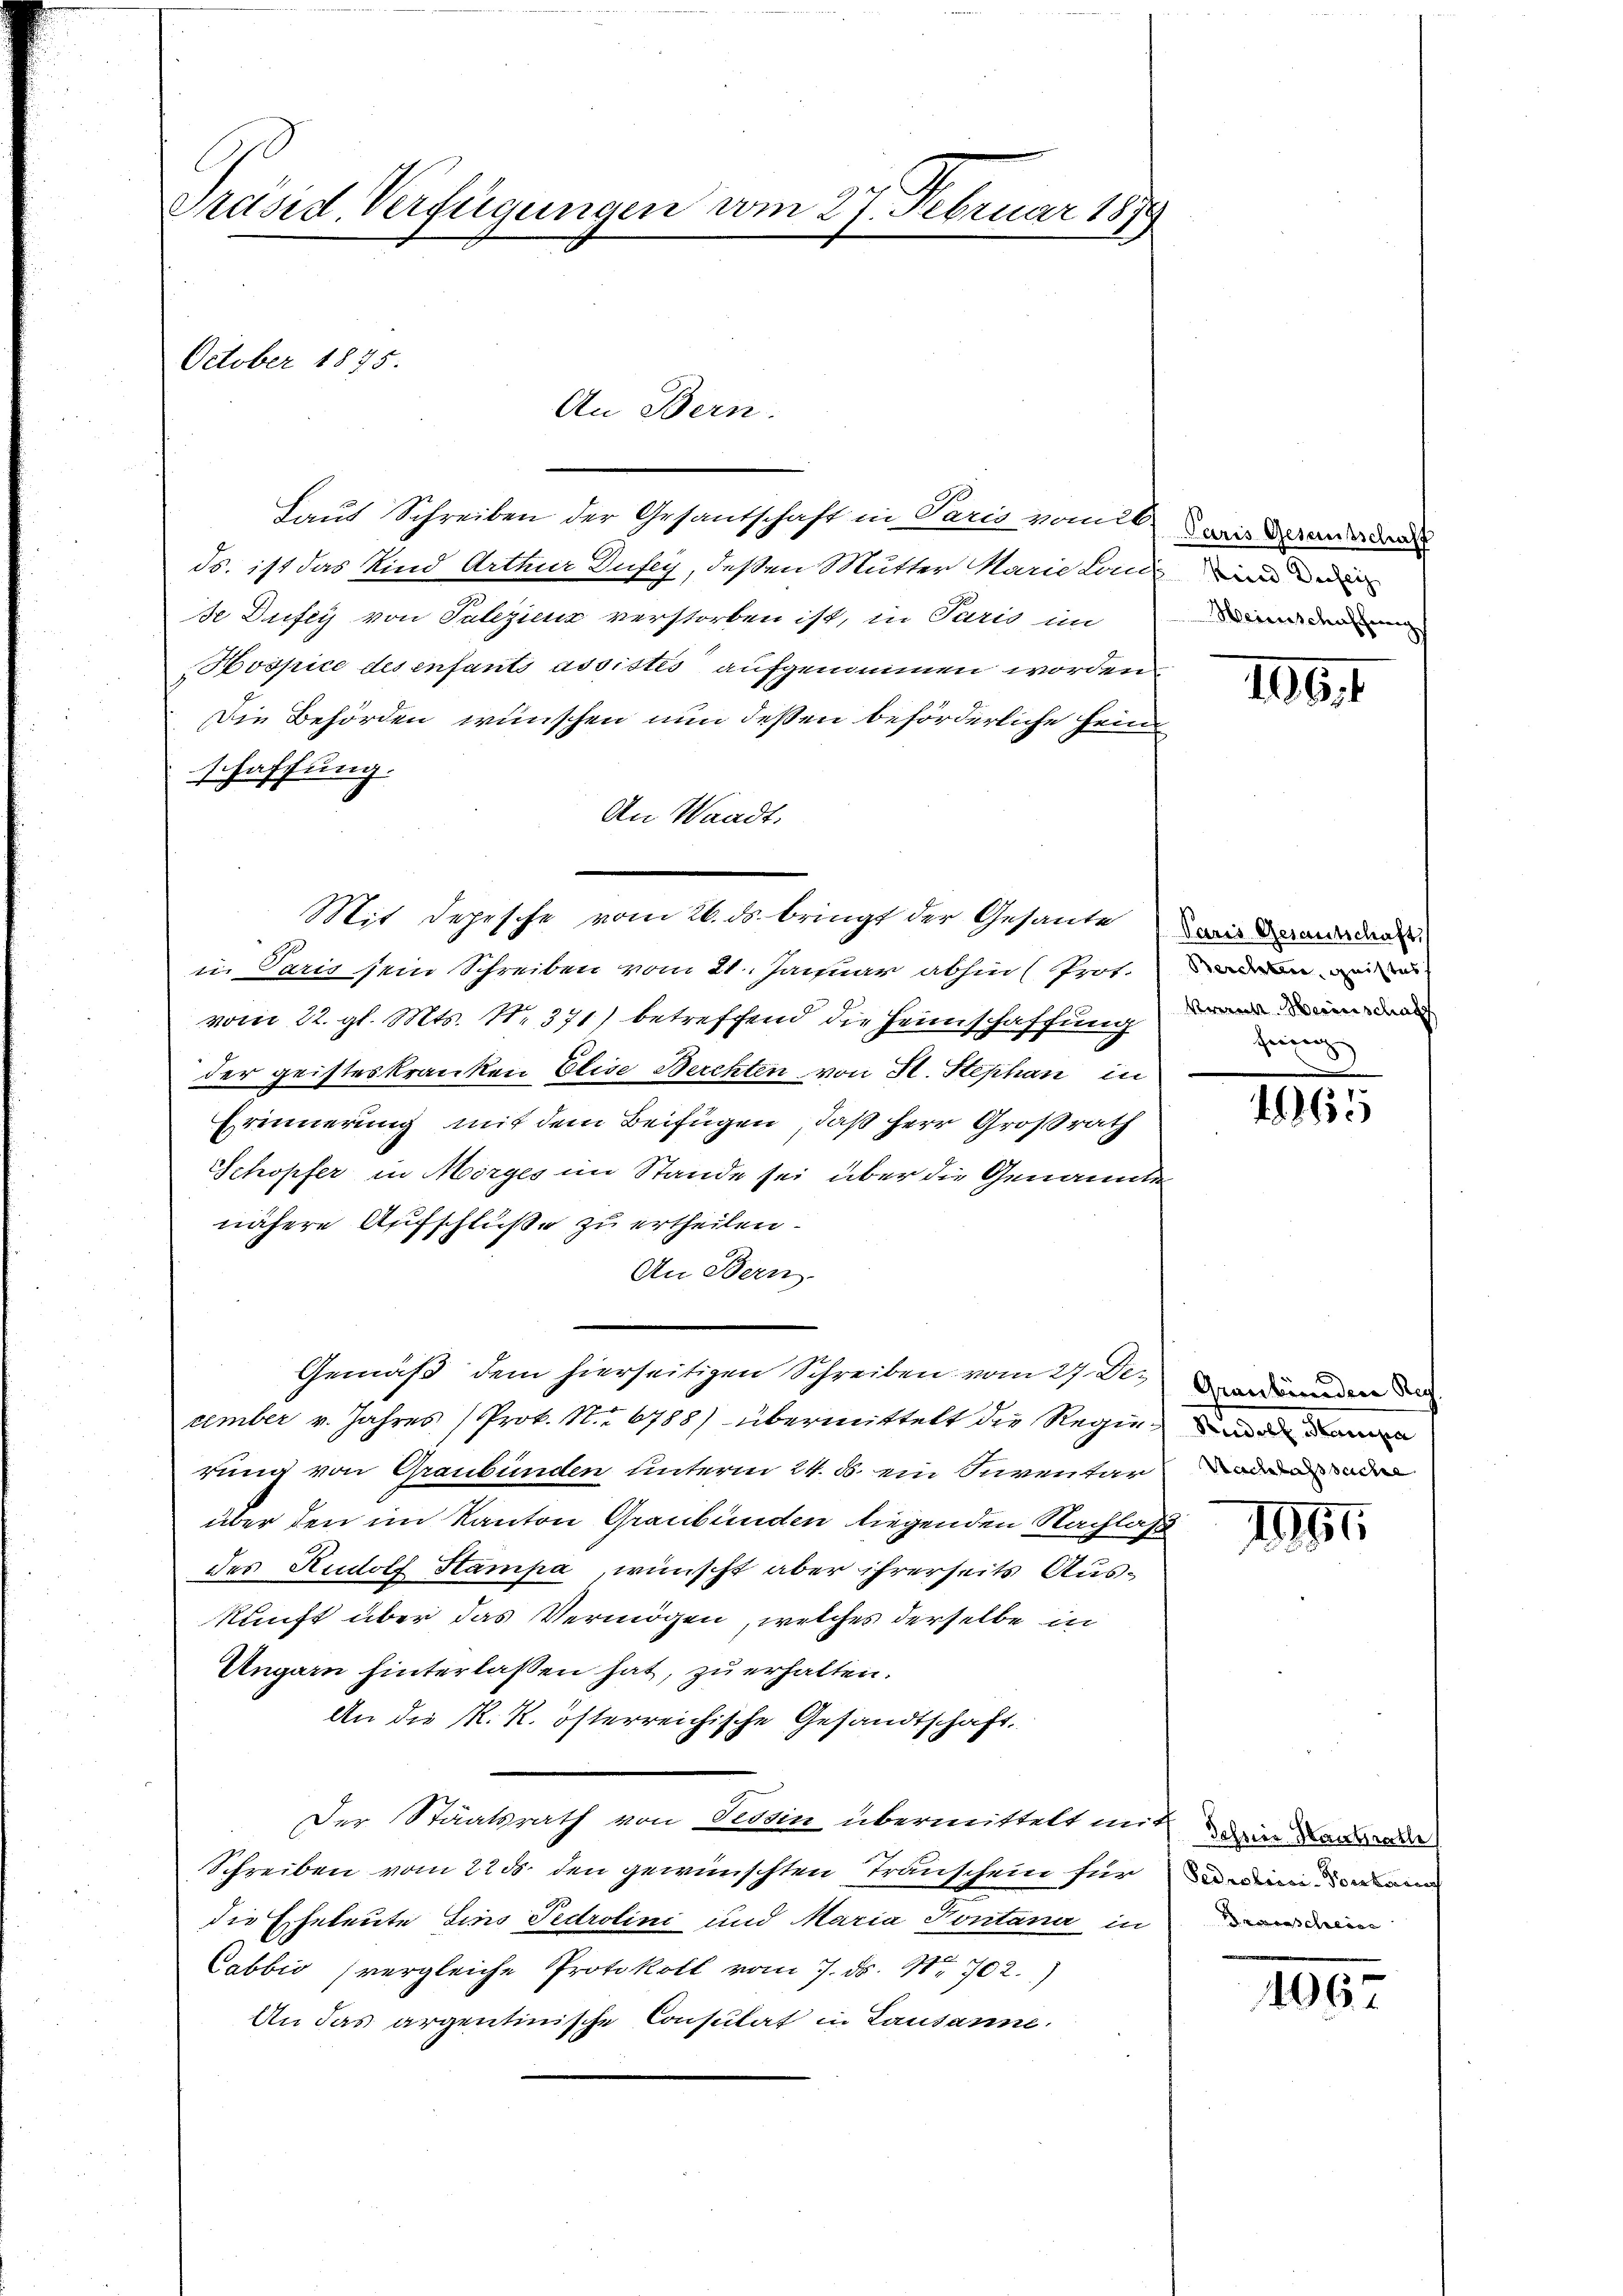
Präsid. Verfügungen vom 27. Februar 1890
October 1875.
An Bern.

Mit Depesche vom 26. ds. bringt der Gesante mir dann der

Laut Schreiben der Gesandschaft in Paris vom 26. Juris Breeder
ds. ist das Kind Arthur Dufey, deßen Mutter Marie Londo ei
se Dufey von Talezicus verstorben ist, in Paris im
Hospice des enfants assistes aufgenommen worden
Die Behörden wünschen nun deßen beförderliche Heim
schaffung.
An Waadt.
in Paris sein Schreiben vom 21. Januar abhin (Prot.en in
vom 22. gl. Mts. N. 371) betreffend die Heimschaffung
der geisteskranken Elise Berchten von H. Stephan in
Erinnerung mit dem Beifügen, daß Herr Großrath
Schopfer in Morges im Stande sei über die Genannte
nähere Aufschluße zu ertheilen.
An Bern.
Gemäß dem hierseitigen Schreiben vom 27. December v. Jahres (Prok. No 6788) übermittelt die Regierung von Graubünden unterm 24. d. ein Inventar den ode
über den im Kanton Graubünden liegenden Nachlaß
des Rudolf Stampa, wünscht aber ihrerseits Auskunft über das Vermögen, welches derselbe in
Ungarn hinterlaßen hat, zu erhalten.
An die K. K. österreichische Gesandtschaft.
Der Staatsrath von Tessin übermittelt mit dein Lade
Schreiben vom 22 ds. den gewünschten Transchein für in meinden
die Eheleute Lino Pedrolini und Maria Pontana in drei
Cabbio (vergleiche Protokoll vom 7. ds. Nr. 702.)
An das argentinische Consulat in Lausanne.

Weinschaften

116

Krent Weinschaff
Ferrenz |

e
62

Graubünden Reg

1941.

1067